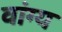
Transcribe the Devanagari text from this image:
वांग्य